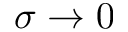
\sigma \to 0